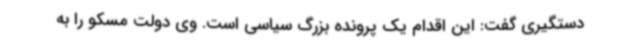
دستگیری گفت: این اقدام یک پرونده بزرگ سیاسی است. وی دولت مسکو را به